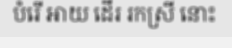
បំរើ អាយ ដើរ រកស្រី នោះ